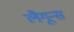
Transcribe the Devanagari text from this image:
लैगून्स